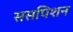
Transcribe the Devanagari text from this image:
ससपिशन